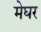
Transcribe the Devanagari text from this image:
मेघर